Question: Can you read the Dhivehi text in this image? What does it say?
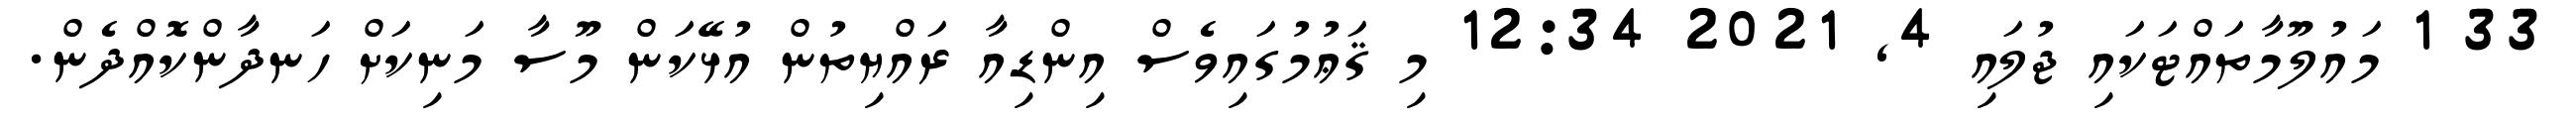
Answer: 33 1 މައުލޫމާތައްޓަކައި ޖުލައި 4, 2021 12:34 މި ޤަޢުމުގައިވެސް އިންޑިއާ ރައްޔިތުން އުޅޭކަން މޫސާ މަނިކަށް ހަނދާންކޮއްދެން.